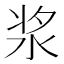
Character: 浆